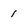
Character: 1